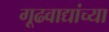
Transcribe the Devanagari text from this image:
गूढवाद्यांच्या